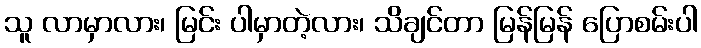
သူ လာမှာလား၊ မြင်း ပါမှာတဲ့လား၊ သိချင်တာ မြန်မြန် ပြောစမ်းပါ